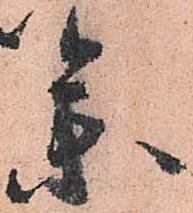
参